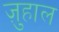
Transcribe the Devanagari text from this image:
ज़ुहाल